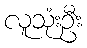
လူသုံးဦး